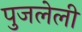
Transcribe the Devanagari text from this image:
पुजलेली